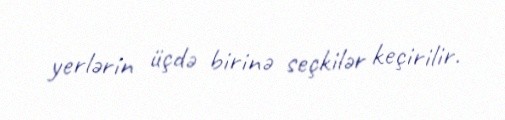
yerlərin üçdə birinə seçkilər keçirilir.